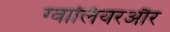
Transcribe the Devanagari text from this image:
ग्वालियरऔर